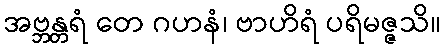
အဗ္ဘန္တရံ တေ ဂဟနံ၊ ဗာဟိရံ ပရိမဇ္ဇသိ။